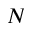
N